Report of cholera committee
Disease focus: Cholera
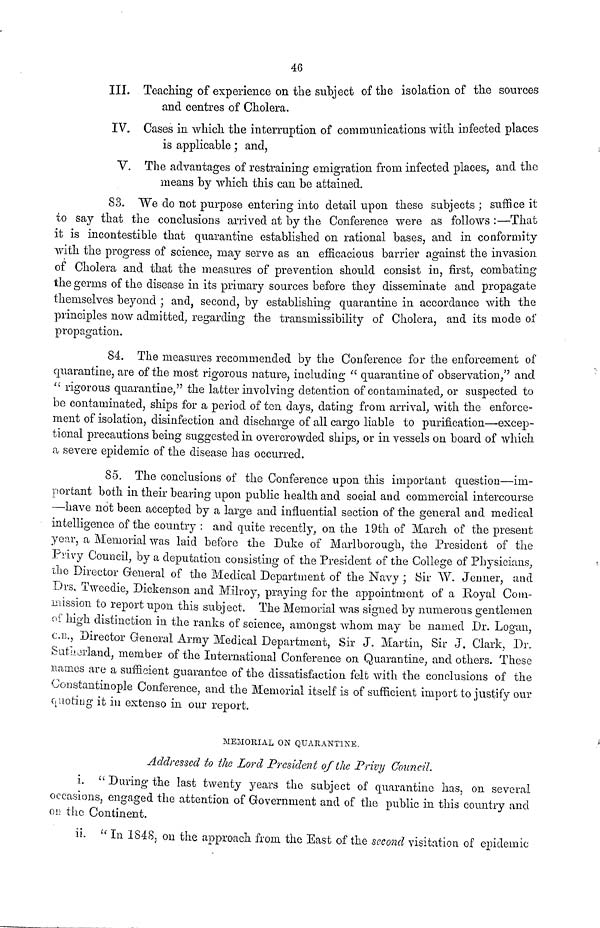
46
III. Teaching of experience on the subject of the isolation of the sources
and centres of Cholera.
IV. Cases in which the interruption of communications with infected places
is applicable ; and,
V. The advantages of restraining emigration from infected places, and the
means by which this can be attained.
83. We do not purpose entering into detail upon these subjects ; suffice it
to say that the conclusions arrived at by the Conference were as follows :—That
it is incontestible that quarantine established on rational bases, and in conformity
with the progress of science, may serve as an efficacious barrier against the invasion
of Cholera and that the measures of prevention should consist in, first, combating
the germs of the disease in its primary sources before they disseminate and propagate
themselves beyond ; and, second, by establishing quarantine in accordance with the
principles now admitted, regarding the transmissibility of Cholera, and its mode of
propagation.
84. The measures recommended by the Conference for the enforcement of
quarantine, are of the most rigorous nature, including " quarantine of observation," and
" rigorous quarantine," the latter involving detention of contaminated, or suspected to
be contaminated, ships for a period of ten days, dating from arrival, with the enforce-
ment of isolation, disinfection and discharge of all cargo liable to purification—excep-
tional precautions being suggested in overcrowded ships, or in vessels on board of which
a severe epidemic of the disease has occurred.
85. The conclusions of the Conference upon this important question—im-
portant both in their bearing upon public health and social and commercial intercourse
—have not been accepted by a large and influential section of the general and medical
intelligence of the country : and quite recently, on the 19th of March of the present
year, a Memorial was laid before the Duke of Marlborough, the President of the
Privy Council, by a deputation consisting of the President of the College of Physicians,
the Director General of the Medical Department of the Navy ; Sir W. Jenner, and
Drs, Tweedie, Dickenson and Milroy, praying for the appointment of a Royal Com-
mission to report upon this subject. The Memorial was signed by numerous gentlemen
of high distinction in the ranks of science, amongst whom may be named Dr. Logan,
C.B., Director General Army Medical Department, Sir J. Martin, Sir J. Clark, Dr.
Sutherland, member of the International Conference on Quarantine, and others. These
names are a sufficient guarantee of the dissatisfaction felt with the conclusions of the
Constantinople Conference, and the Memorial itself is of sufficient import to justify our
quoting it in extenso in our report.
MEMORIAL ON QUARANTINE.
Addressed to the Lord President of the Privy Council.
i. " During the last twenty years the subject of quarantine has, on several
occasions, engaged the attention of Government and of the public in this country and
on the Continent.
ii. " In 1848, on the approach from the East of the second visitation of epidemic